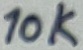
Text: 10K